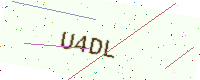
Text: U4DL